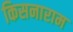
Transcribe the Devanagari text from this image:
किसनाराम